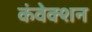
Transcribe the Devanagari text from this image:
कंवेक्शन